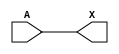
module sky130_fd_sc_hvl__buf_4 (
    X,
    A
);
    output X;
    input  A;
    wire buf0_out_X;
    buf buf0 (buf0_out_X, A              );
    buf buf1 (X         , buf0_out_X     );
endmodule